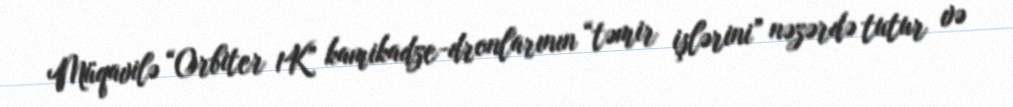
Müqavilə “Orbiter 1K” kamikadze-dronlarının “təmir işlərini” nəzərdə tutur və